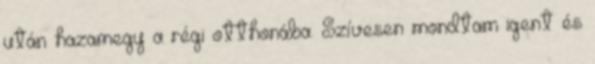
után hazamegy a régi otthonába. Szívesen mondtam igent és